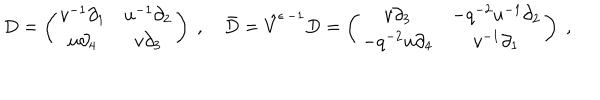
D = \left( \begin{array} { c c } { { v ^ { - 1 } \partial _ { 1 } } } & { { u ^ { - 1 } \partial _ { 2 } } } \\ { { u \partial _ { 4 } } } & { { v \partial _ { 3 } } } \\ \end{array} \right) \; , \quad \bar { D } = \hat { V } ^ { \epsilon \, - 1 } D = \left( \begin{array} { c c } { { v \partial _ { 3 } } } & { { - q ^ { - 2 } u ^ { - 1 } \partial _ { 2 } } } \\ { { - q ^ { - 2 } u \partial _ { 4 } } } & { { v ^ { - 1 } \partial _ { 1 } } } \\ \end{array} \right) \; ,